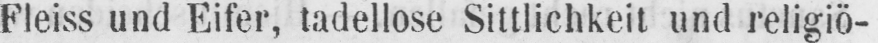
Fleiss und Eifer, tadellose Sittlichkeit und religiö-